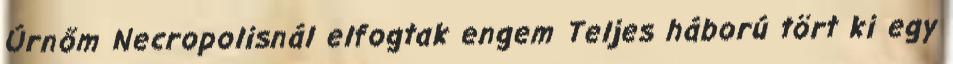
Úrnőm Necropolisnál elfogtak engem Teljes háború tört ki egy